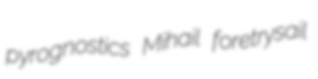
pyrognostics Mihail foretrysail